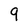
Character: 9